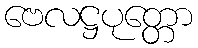
ဗေလဋ္ဌပုတ္တော